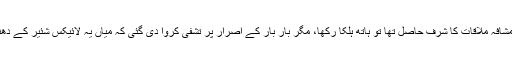
ایک صاحب سے بالمشافہ ملاقات کا شرف حاصل تھا تو ہاتھ ہلکا رکھا، مگر بار بار کے اصرار پر تشفی کروا دی گئی کہ میاں یہ لائیکس شئیر کے دھندے سے ہم آزاد ہیں۔